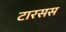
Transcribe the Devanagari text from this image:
टारसस